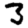
Digit: 3